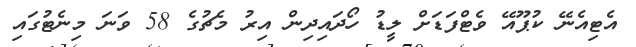
އެޓިއެނޭ ކުޕޫއޭ ވެޓްފަޑަށް ލީޑު ހޯދައިދިން އިރު މެޗުގެ 58 ވަނަ މިނެޓުގައި